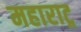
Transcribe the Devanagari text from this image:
महाराट्र